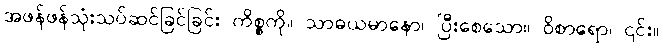
အဖန်ဖန်သုံးသပ်ဆင်ခြင်ခြင်း ကိစ္စကို။ သာဓယမာနော၊ ပြီးစေသော။ ဝိစာရော၊ ၎င်း။